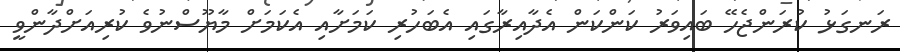
ރަނގަޅު ކުރަންޖެހޭ ބައިވަރު ކަންކަން އެދާއިރާގައި އެބަހުރި ކަމަށާއި އެކަމަށް މާޔޫސްނުވެ ކުރިއަށްދާންވީ